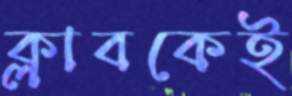
ক্লাবকেই